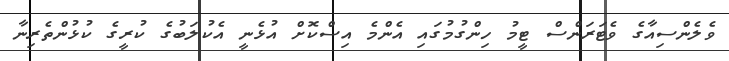
ވެލެންސިއާގެ ވެޓަރަންސް ޓީމު ހިންގުމުގައި އެންމެ އިސްކޮށް އުޅެނީ އެކުލަބުގެ ކުރީގެ ކުޅުންތެރިނާ